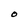
Character: O